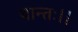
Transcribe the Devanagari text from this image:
यान्तः।।